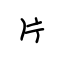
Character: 片